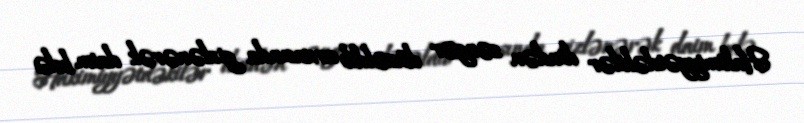
Hakimiyyətdəkilər dindən səngər düzəldib arxasında gizlənərək daim belə